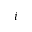
i